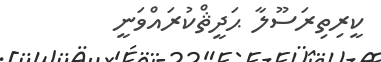
ކީރިތިރަސޫލާ ޙަދީޘްކުރައްވަނީ